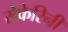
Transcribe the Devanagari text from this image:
सेकेरिनी